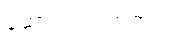
ဆောင်ရွက်ကြရာတွင်